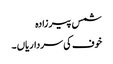
شمس پیر زادہ
خوف کی سرداریاں ۔